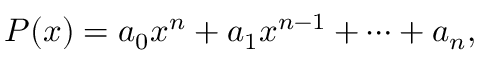
P ( x ) = a _ { 0 } x ^ { n } + a _ { 1 } x ^ { n - 1 } + \cdots + a _ { n } ,